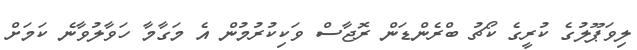
ލިވަޕޫލުގެ ކުރީގެ ކޯޗު ބްރެންޑަން ރޮޖާސް ވަކިކުރުމުން އެ މަގާމާ ހަވާލުވާނެ ކަމަށް